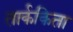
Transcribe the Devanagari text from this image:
तार्ककिता